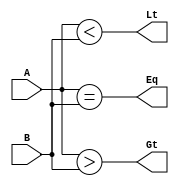
module comp(
    input [3:0] A,B ,
    output reg Lt,Eq,Gt

);
    assign Lt = A < B; 
    assign Eq = A == B; 
    assign Gt = A > B; 
endmodule